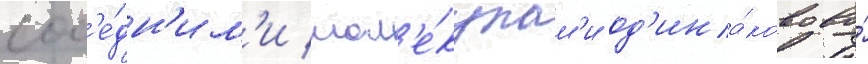
сос'е́дн'им'и мол'е́кулам'и од'ина́ково во́